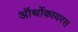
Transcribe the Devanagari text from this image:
ऑर्थोकायरस